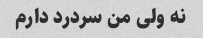
نه ولی من سردرد دارم